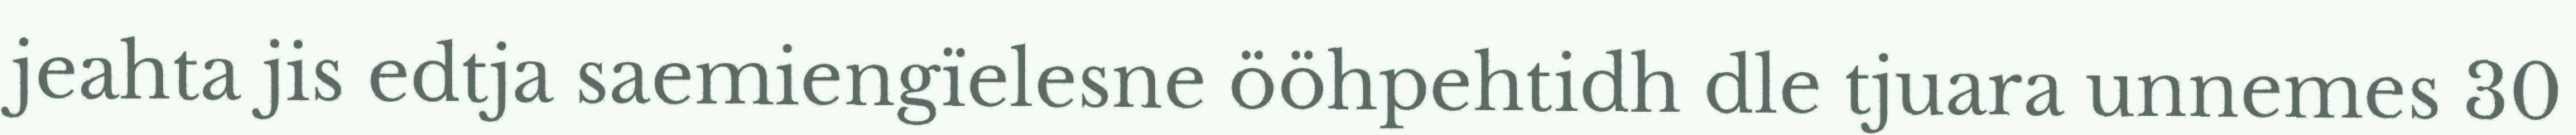
jeahta jis edtja saemiengïelesne ööhpehtidh dle tjuara unnemes 30